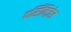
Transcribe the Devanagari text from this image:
पर्सिनिज़ेड